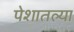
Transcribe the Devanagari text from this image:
पेशातल्या